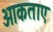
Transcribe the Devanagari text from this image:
ओकताए